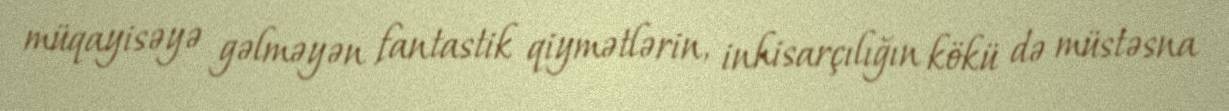
müqayisəyə gəlməyən fantastik qiymətlərin, inhisarçılığın kökü də müstəsna